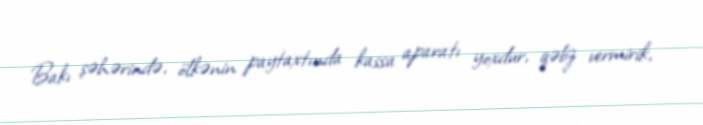
Bakı şəhərində, ölkənin paytaxtında kassa aparatı yoxdur, qəbz vermirik,